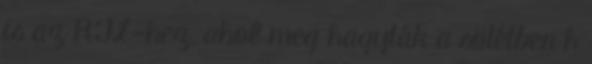
is az RTL-hez, ahol meg hagyták a sötétben h